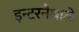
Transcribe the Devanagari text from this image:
इन्टरनैश्नाले